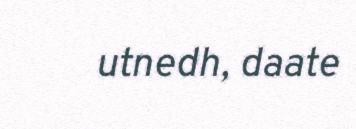
utnedh, daate